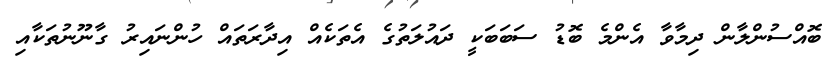
ބޮއްސުންލާން ދިމާވާ އެންމެ ބޮޑު ސަބަބަކީ ދައުލަތުގެ އެތަކެއް އިދާރަތައް ހުންނައިރު ގާނޫނުތަކާއި